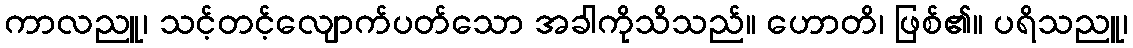
ကာလညူ၊ သင့်တင့်လျောက်ပတ်သော အခါကိုသိသည်။ ဟောတိ၊ ဖြစ်၏။ ပရိသညူ၊